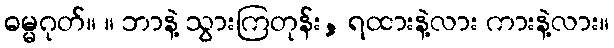
ဓမ္မဂုတ်။ ။ ဘာနဲ့ သွားကြတုန်း, ရထားနဲ့လား ကားနဲ့လား။